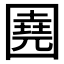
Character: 𡈦